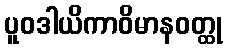
ပူဝဒါယိကာဝိမာနဝတ္ထု